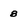
Character: 8